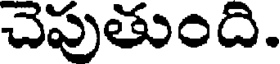
చెపుతుంది.